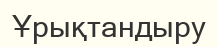
Ұрықтандыру